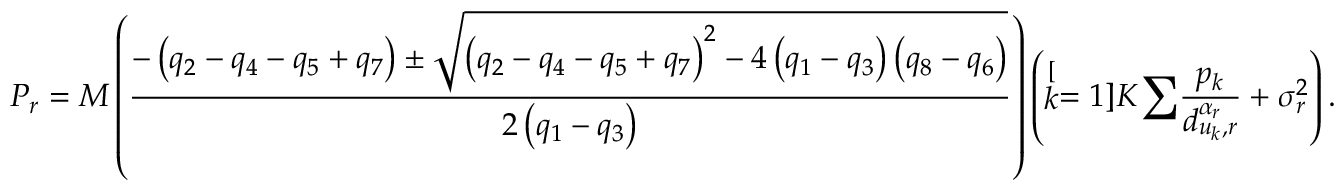
P _ { r } = M \left( \frac { - \left( q _ { 2 } - q _ { 4 } - q _ { 5 } + q _ { 7 } \right) \pm \sqrt { \left( q _ { 2 } - q _ { 4 } - q _ { 5 } + q _ { 7 } \right) ^ { 2 } - 4 \left( q _ { 1 } - q _ { 3 } \right) \left( q _ { 8 } - q _ { 6 } \right) } } { 2 \left( q _ { 1 } - q _ { 3 } \right) } \right) \left( \stackrel [ k = 1 ] { K } { \sum } \frac { p _ { k } } { d _ { u _ { k } , r } ^ { \alpha _ { r } } } + \sigma _ { r } ^ { 2 } \right) .